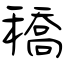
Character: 穚